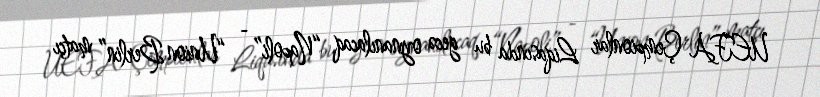
UEFA Çempionlar Liqasında bu gecə oynanılacaq “Napoli” - “Union Berlin” matçı